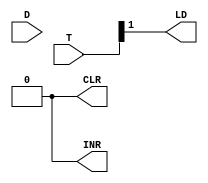
`timescale 1ns / 1ps
//////////////////////////////////////////////////////////////////////////////////
// Company: 
// Engineer: 
// 
// Design Name: 
// Module Name: IR_Control
// Project Name: 
// Target Devices: 
// Tool Versions: 
// Description: 
// 
// Dependencies: 
// 
// Revision:
// Revision 0.01 - File Created
// Additional Comments:
// 
//////////////////////////////////////////////////////////////////////////////////


module IR_Control(D, T, CLR, INR, LD);

    input [7:0] D, T;
    output INR, CLR, LD;
    
    assign INR = 0;
    assign CLR = 0;
    assign LD = T[1];
endmodule